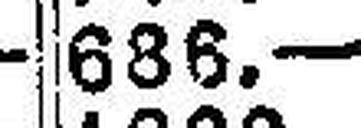
686.—